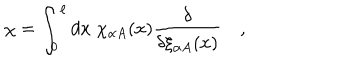
LaTeX: \chi = \int _ { 0 } ^ { \ell } d x \; \chi _ { \alpha A } ( x ) { \frac { \delta } { \delta \xi _ { \alpha A } ( x ) } } \quad ,